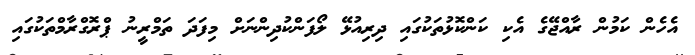
އެހެން ކަމުން ރާއްޖޭގެ އެކި ކަންކޮޅުތަކުގައި ދިރިއުޅޭ ލޯފަންކުދިންނަށް މިފަދަ ތަމްރީނު ޕްރޮގްރާމްތަކުގައި